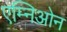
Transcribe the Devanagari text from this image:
एम्निओन